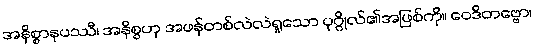
အနိစ္စာနုပဿီ၊ အနိစ္စဟု အဖန်တစ်လဲလဲရှုသော ပုဂ္ဂိုလ်၏အဖြစ်ကို။ ဝေဒိတဗ္ဗော၊